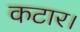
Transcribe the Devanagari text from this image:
कटार।